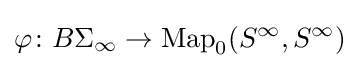
\varphi \colon B\Sigma _{\infty }\to \operatorname {Map} _{0}(S^{\infty },S^{\infty })